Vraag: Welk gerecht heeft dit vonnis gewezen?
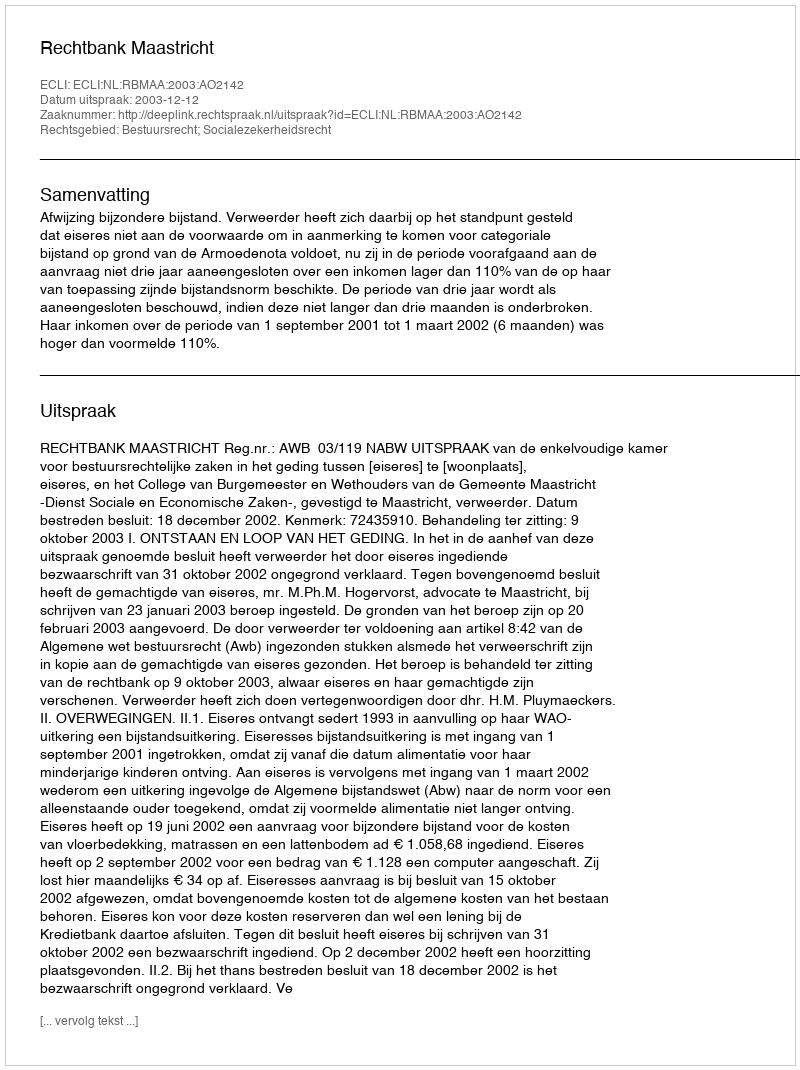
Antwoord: Rechtbank Maastricht